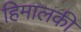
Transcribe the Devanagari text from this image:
हिमालकी